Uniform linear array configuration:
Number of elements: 24
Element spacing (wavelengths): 0.5
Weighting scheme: exponential
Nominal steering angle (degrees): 45
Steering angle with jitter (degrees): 43.826
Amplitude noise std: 0.05
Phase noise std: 0.05

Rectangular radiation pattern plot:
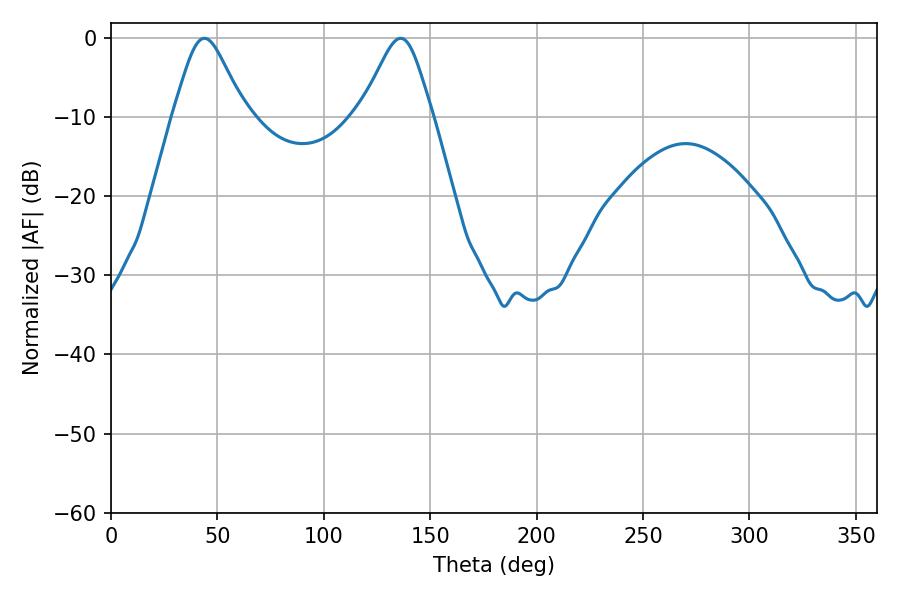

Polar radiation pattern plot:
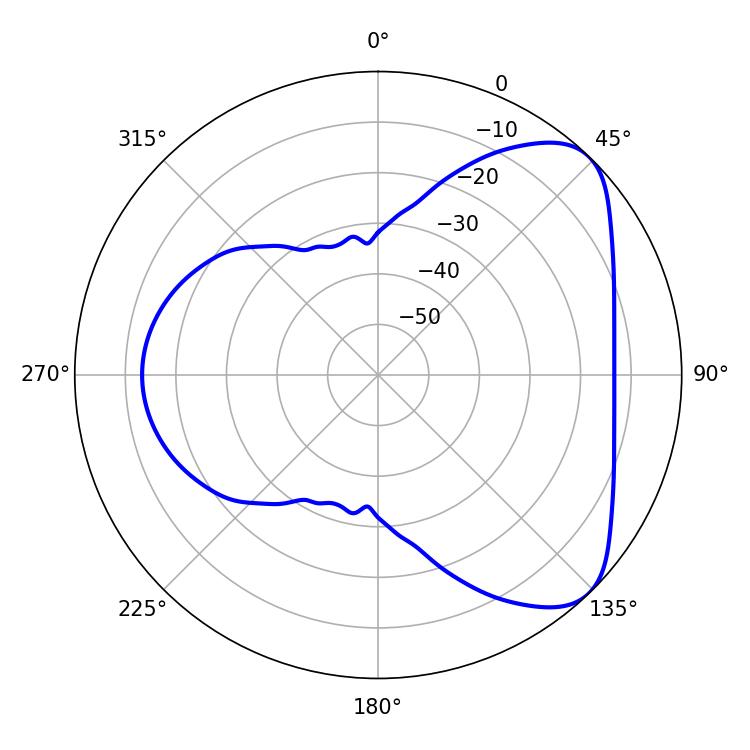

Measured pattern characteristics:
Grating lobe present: FALSE
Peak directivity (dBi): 6.158
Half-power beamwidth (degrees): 16.38
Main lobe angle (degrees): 43.92